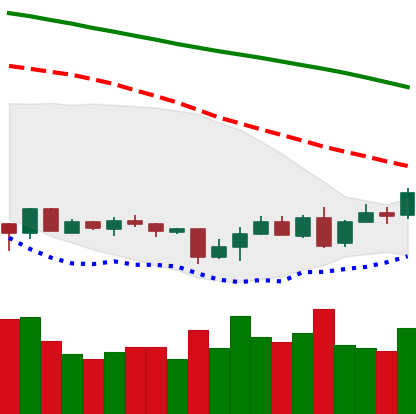
Ticker: XMR-USD
Chart end date: 2018-07-02
Forward return: -3.48%
Label: down_3_5